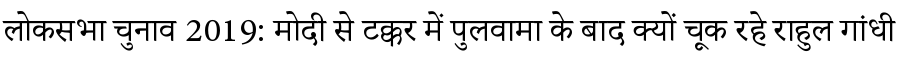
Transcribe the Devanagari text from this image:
लोकसभा चुनाव 2019: मोदी से टक्कर में पुलवामा के बाद क्यों चूक रहे राहुल गांधी